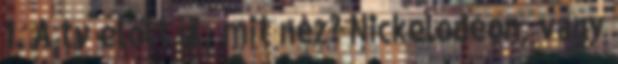
1. A tv előtt ül, mit néz? Nickelodeon, vagy